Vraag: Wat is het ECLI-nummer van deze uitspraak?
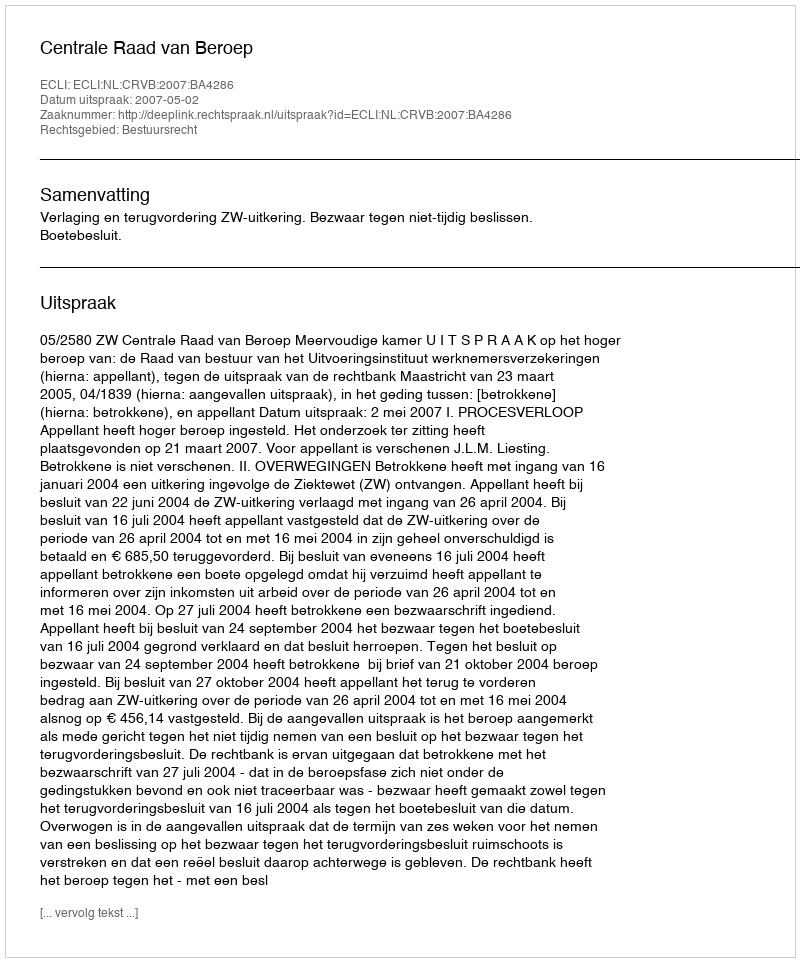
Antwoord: ECLI:NL:CRVB:2007:BA4286